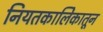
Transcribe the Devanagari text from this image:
नियतकालिेकातून